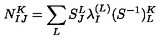
N _ { I J } ^ { K } = \sum _ { L } S _ { J } ^ { L } \lambda _ { I } ^ { ( L ) } ( S ^ { - 1 } ) _ { L } ^ { K }